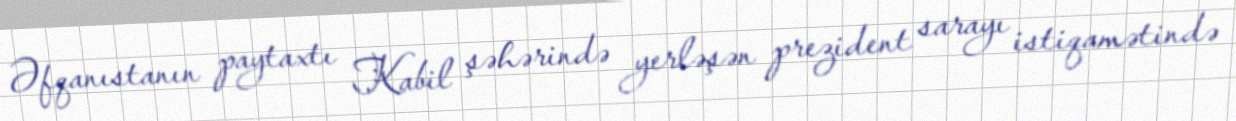
Əfqanıstanın paytaxtı Kabil şəhərində yerləşən prezident sarayı istiqamətində